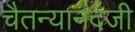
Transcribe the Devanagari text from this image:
चैतन्यानंदजी